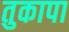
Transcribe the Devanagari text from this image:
तुकापा